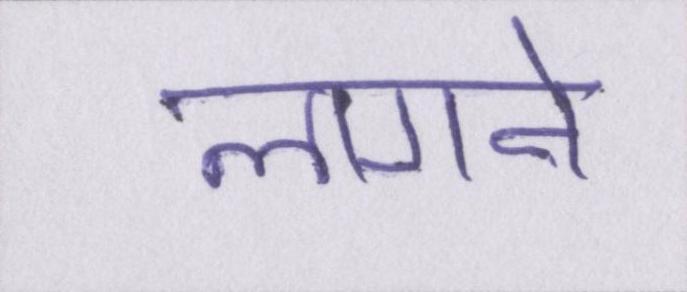
लागने